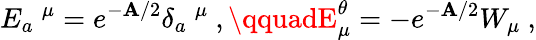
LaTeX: E_{a}\ ^{\mu}=e^{-\mathbf{A}/2}\delta_{a}\ ^{\mu}~,\qquadE_{\mu}^{\theta}=-e^{-\mathbf{A}/2}W_{\mu}~,